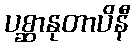
ပစ္ဆာနုတာပိနီ